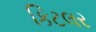
કિટલર